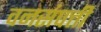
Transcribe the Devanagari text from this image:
वनसंपत्ती